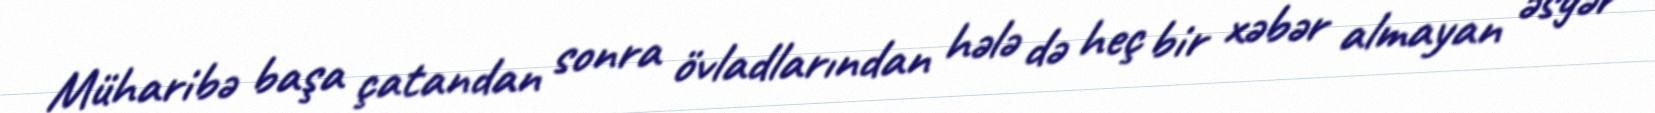
Müharibə başa çatandan sonra övladlarından hələ də heç bir xəbər almayan əsgər